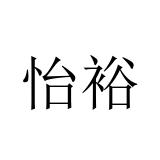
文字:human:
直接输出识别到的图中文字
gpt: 怡裕